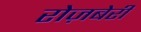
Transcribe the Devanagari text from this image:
रोज़बेरी